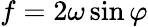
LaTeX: f=2\omega\sin\varphi